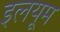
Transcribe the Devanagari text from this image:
इलयूम